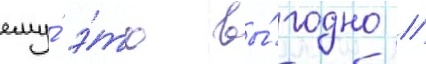
ему́ э́то вы́годно //